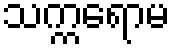
သက္ကရောမ